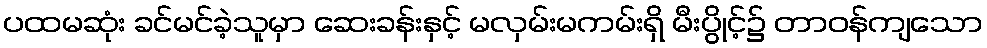
ပထမဆုံး ခင်မင်ခဲ့သူမှာ ဆေးခန်းနှင့် မလှမ်းမကမ်းရှိ မီးပွိုင့်၌ တာဝန်ကျသော